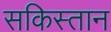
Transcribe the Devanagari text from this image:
सकिस्तान